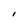
Character: l